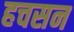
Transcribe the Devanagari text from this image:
हचसन